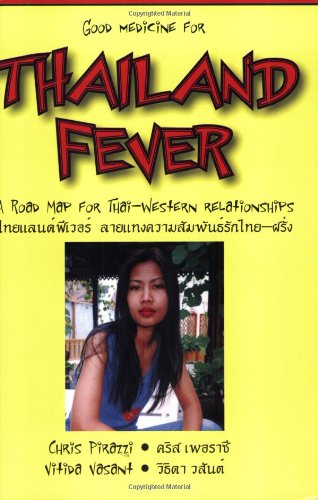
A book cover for Thailand Fever; Chris Pirazzi; Travel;